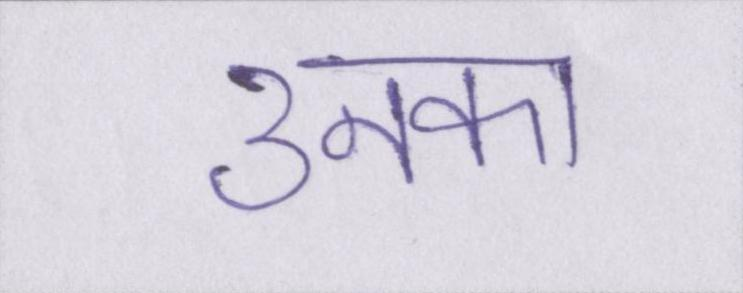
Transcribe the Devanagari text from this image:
उनका